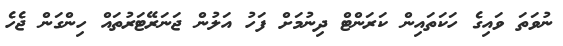
ނުވަތަ ވައިގެ ހަކަތައިން ކަރަންޓް ދިނުމަށް ފަހު އަލުން ޖަނަރޭޓަރުތައް ހިންގަން ޖެހެ